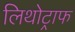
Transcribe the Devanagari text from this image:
लिथोट्राफ